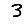
Digit: 3